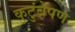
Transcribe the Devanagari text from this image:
कुटुंबेपण